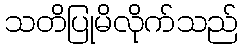
သတိပြုမိလိုက်သည်